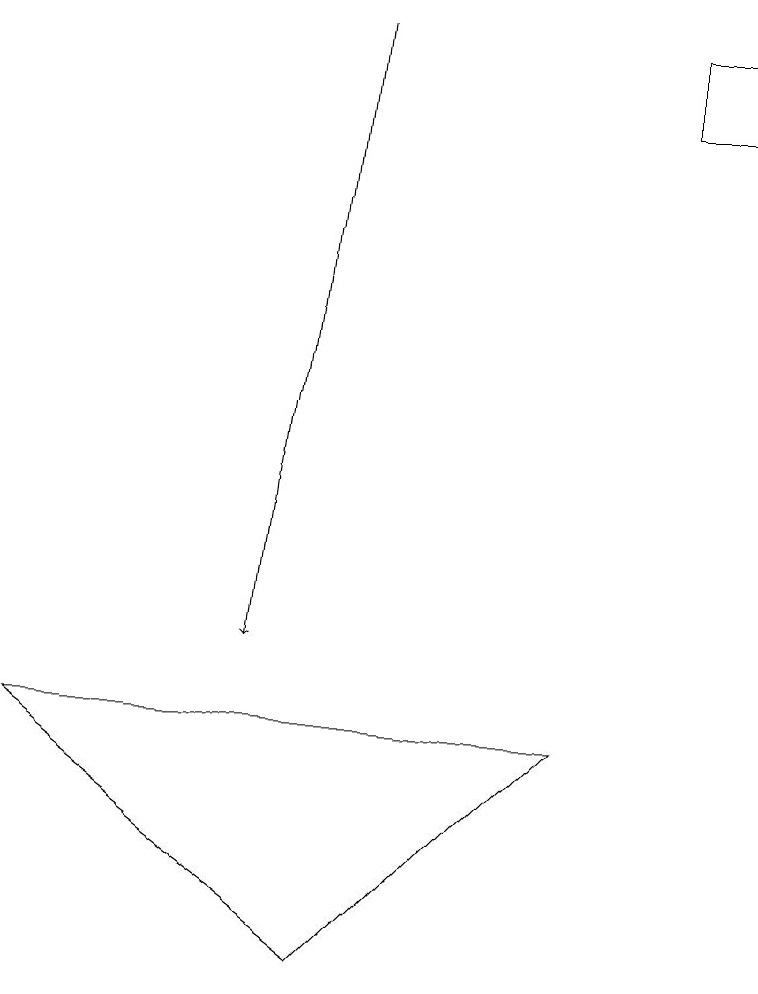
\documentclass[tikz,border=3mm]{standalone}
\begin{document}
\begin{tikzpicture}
\draw (9,17) rectangle (8,18);
\draw (7,9) -- (4,6) -- (0,9) -- cycle;
\draw[->] (4,18) -- (3,10);
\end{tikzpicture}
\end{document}